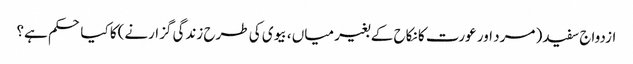
ازدواج سفید( مرد اور عورت کا نکاح کے بغیر میاں ، بیوی کی طرح زندگی گزارنے)کا کیا حکم ہے؟